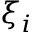
\xi _ { i }